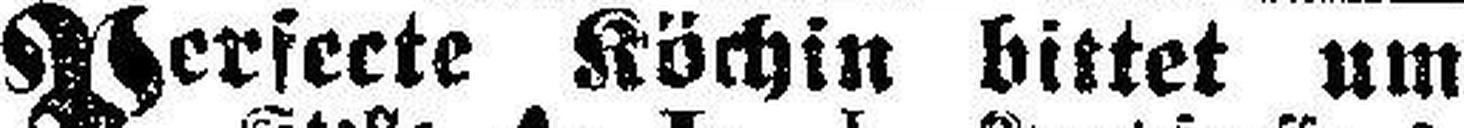
Perfecte Köchin bittet um